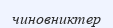
чиновниктер